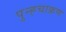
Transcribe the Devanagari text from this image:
पुन्ह्चाक्रण